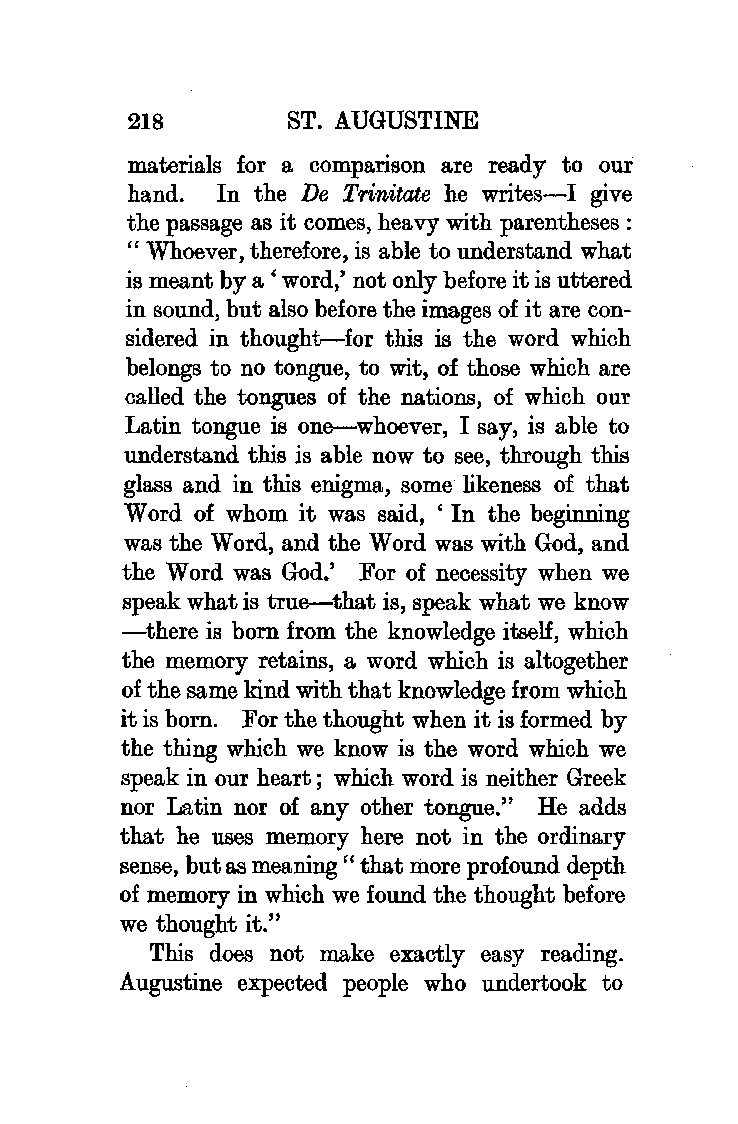
218       ST. AUGUSTINE
 materials for a comparison are ready to our
 hand. In the De Trinitate he writes-I give
 the passage as it comes, heavy with parentheses:
 "Whoever, therefore, is able to understand what
 is meant by a ' word,' not only before it is uttered
 in sound, but also before the images of it are con
 sidered in thought-for this is the word which
 belongs to no tongue, to wit, of those which are
 called the tongues of the nations, of which our
 Latin tongue is one-whoever, I say, is able to
 understand this is able now to see, through this
 glass and in this enigma, some likeness of that
 Word of whom it was said, ' In the beginning
 was the Word, and the Word was with God, and
 the Word was God.' For of necessity when we
 speak what is true-that is, speak what we know
 -there is born from the knowledge itself, which
 the memory retains, a word which is altogether
 of the same kind with that knowledge from which
 it is born. For the thought when it is formed by
 the thing which we know is the word which we
 speak in our heart; which word is neither Greek
 nor Latin nor of any other tongue." He adds
 that he uses memory here not in the ordinary
 sense, but as meaning" that more profound depth
 of memory in which we found the thought before
 we thought it."
 This does not make exactly easy reading.
 Augustine expected people who undertook to